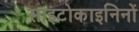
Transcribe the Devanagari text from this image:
साइटोकाइनिनों